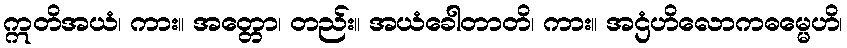
ဣတိအယံ၊ ကား။ အတ္တော၊ တည်း။ အယံခေါတာတိ၊ ကား။ အဌံဟိလောကဓမ္မေဟိ၊